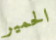
الحمير